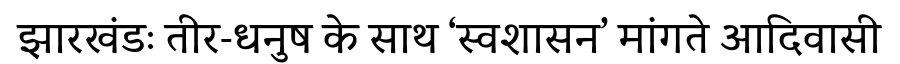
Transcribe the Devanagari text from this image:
झारखंडः तीर-धनुष के साथ ‘स्वशासन’ मांगते आदिवासी